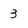
Character: 3